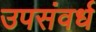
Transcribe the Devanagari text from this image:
उपसंवर्ध